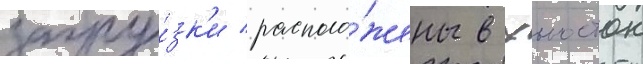
загру́зк'и располо́жены в хьюстон